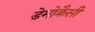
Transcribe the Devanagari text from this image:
डेमोक्रैसी